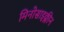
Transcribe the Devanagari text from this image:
मिनोसाइक्लीन